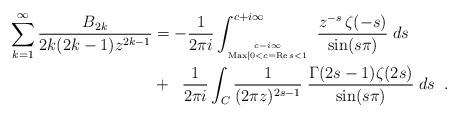
LaTeX: \begin{align*}\sum_{k=1}^{\infty} \frac{B_{2k}}{2k(2k-1)z^{2k-1}} & = - \frac{1}{2\pi i} \int_{c-i\infty \atop{{\rm Max}[0<c= {\rm Re}\,s<1}}^{c+i\infty} \; \frac{z^{-s} \, \zeta(-s)}{\sin(s\pi)} \; ds\\& + \;\; \frac{1}{2\pi i} \int_{C} \frac{1}{(2\pi z)^{2s-1}} \; \frac{\Gamma(2s-1) \zeta(2s)}{\sin(s \pi)} \; ds \;\;.\end{align*}